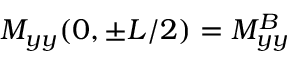
M _ { y y } ( 0 , \pm L / 2 ) = M _ { y y } ^ { B }